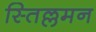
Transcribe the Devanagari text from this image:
स्तिल्लमन